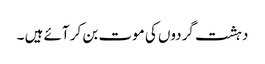
دہشت گردوں کی موت بن کر آئے ہیں ۔